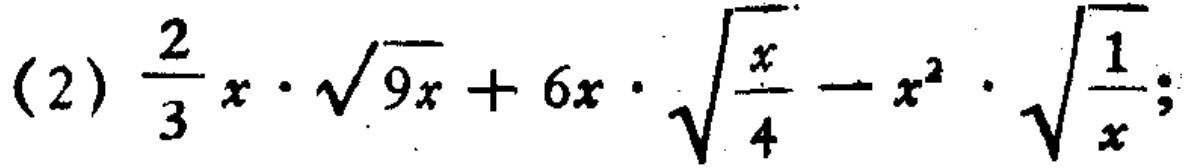
(2) \(\frac{2}{3}x\cdot\sqrt{9x}+6x\cdot\sqrt{\frac{x}{4}}-x^{2}\cdot\sqrt{\frac{1}{x}}\);